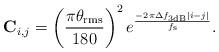
LaTeX: \begin{align*}\mathbf{C}_{i,j}=\left(\frac{\pi \theta_{\mathrm{rms}}}{180}\right)^2e^{\frac{-2\pi \Delta f_{3\mathrm{dB}}|i-j|}{f_\mathrm{s}}}.\end{align*}